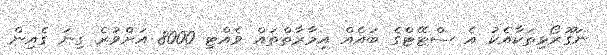
ނަގޫރޯޅިތަކާއެކު އެ ސްޓޭޓްގެ ބައެއް އިމާރާތްތައް ވެއްޓި 8000 އަށްވުރެ ގިނަ ގެއިން